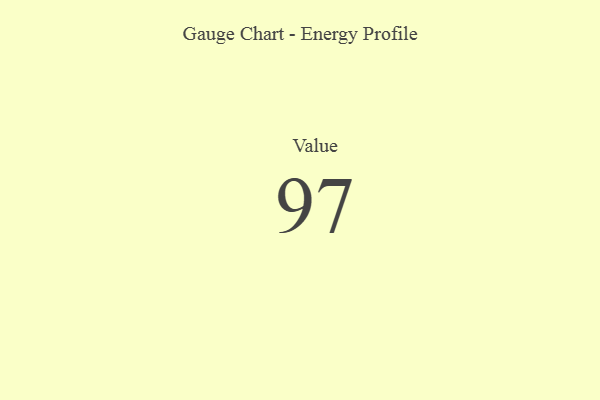
{"axis": {"x": "Metric", "y": "Value"}, "legend": [""], "data": [{"x": "Value", "y": 97, "type": ""}]}